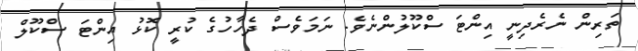
ތަރިން ނެރެދިނީ އިންޓަ ސްކޫލުންނެވެ. ނަމަވެސް ދެހާހުގެ ކުރީ ކޮޅު އިންޓަ ސްކޫލް